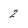
Character: 2